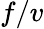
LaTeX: f/v